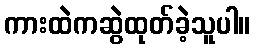
ကားထဲကဆွဲထုတ်ခဲ့သူပါ။